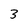
Character: 3